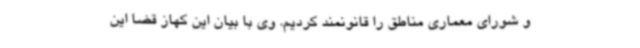
و شورای معماری مناطق را قانونمند کردیم. وی با بیان این کهاز قضا این